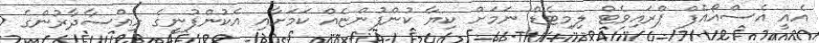
އެއީ އެސްއޯއެފް ޕްރައިވެޓް ލިމިޓެޑް ނަމަށް ކިޔާ ކުންފުންޏެއް ކަމަށާއި އެކުންފުނީގެ ހިއްސާދާރުންގެ